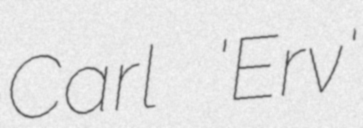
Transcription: Carl 'Erv'